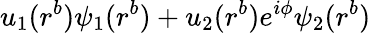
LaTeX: u_{1}(r^{b})\psi_{1}(r^{b})+u_{2}(r^{b})e^{i\phi}\psi_{2}(r^{b})